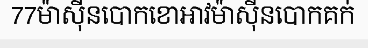
77ម៉ាស៊ីនបោកខោអាវម៉ាស៊ីនបោកគក់